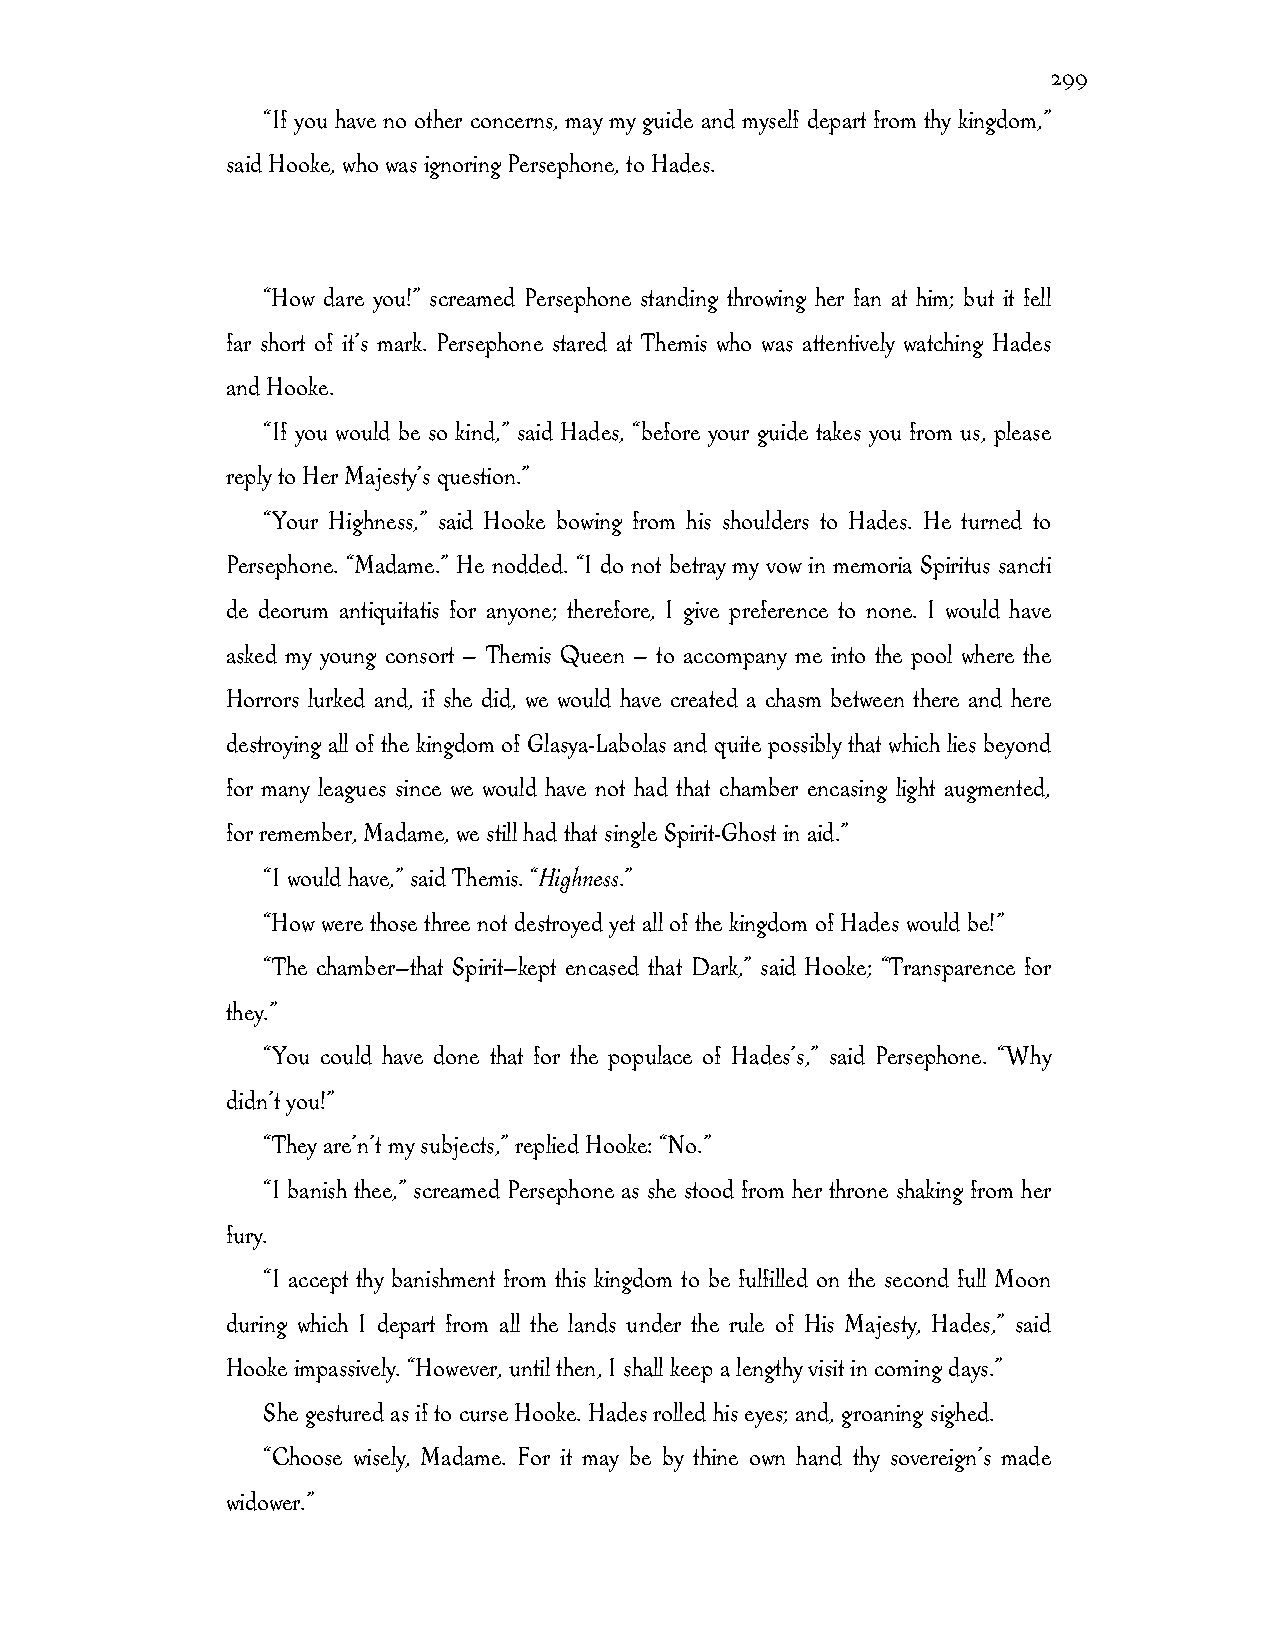
299
 “If you have no other concerns, may my guide and myself depart from thy kingdom,”
 said Hooke, who was ignoring Persephone, to Hades.
 “How dare you!” screamed Persephone standing throwing her fan at him; but it fell
 far short of it’s mark. Persephone stared at Themis who was attentively watching Hades
 and Hooke.
 “If you would be so kind,” said Hades, “before your guide takes you from us, please
 reply to Her Majesty’s question.”
 “Your Highness,” said Hooke bowing from his shoulders to Hades. He turned to
 Persephone. “Madame.” He nodded. “I do not betray my vow in memoria Spiritus sancti
 de deorum antiquitatis for anyone; therefore, I give preference to none. I would have
 asked my young consort — Themis Queen — to accompany me into the pool where the
 Horrors lurked and, if she did, we would have created a chasm between there and here
 destroying all of the kingdom of Glasya-Labolas and quite possibly that which lies beyond
 for many leagues since we would have not had that chamber encasing light augmented,
 for remember, Madame, we still had that single Spirit-Ghost in aid.”
 “I would have,” said Themis. “Highness.”
 “How were those three not destroyed yet all of the kingdom of Hades would be!”
 “The chamber—that Spirit—kept encased that Dark,” said Hooke; “Transparence for
 they.”
 “You could have done that for the populace of Hades’s,” said Persephone. “Why
 didn’t you!”
 “They are’n’t my subjects,” replied Hooke: “No.”
 “I banish thee,” screamed Persephone as she stood from her throne shaking from her
 fury.
 “I accept thy banishment from this kingdom to be fulfilled on the second full Moon
 during which I depart from all the lands under the rule of His Majesty, Hades,” said
 Hooke impassively. “However, until then, I shall keep a lengthy visit in coming days.”
 She gestured as if to curse Hooke. Hades rolled his eyes; and, groaning sighed.
 “Choose wisely, Madame. For it may be by thine own hand thy sovereign’s made
 widower.”